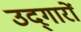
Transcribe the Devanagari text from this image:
उद्‌गारों